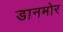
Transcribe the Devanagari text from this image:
डानमोर